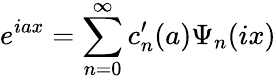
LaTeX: e^{iax}=\sum_{n=0}^{\infty}c_{n}^{\prime}(a)\Psi_{n}(ix)